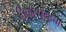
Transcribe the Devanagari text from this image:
चिकटपट्ट्या